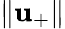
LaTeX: \Vert\mathbf{u}_{+}\Vert